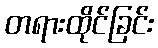
တရားထိုင်ခြင်း